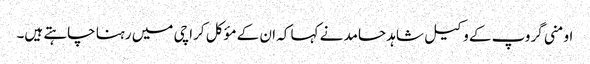
اومنی گروپ کے وکیل شاہد حامد نے کہا کہ ان کے مؤکل کراچی میں رہنا چاہتے ہیں۔